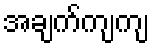
အချက်ကျကျ